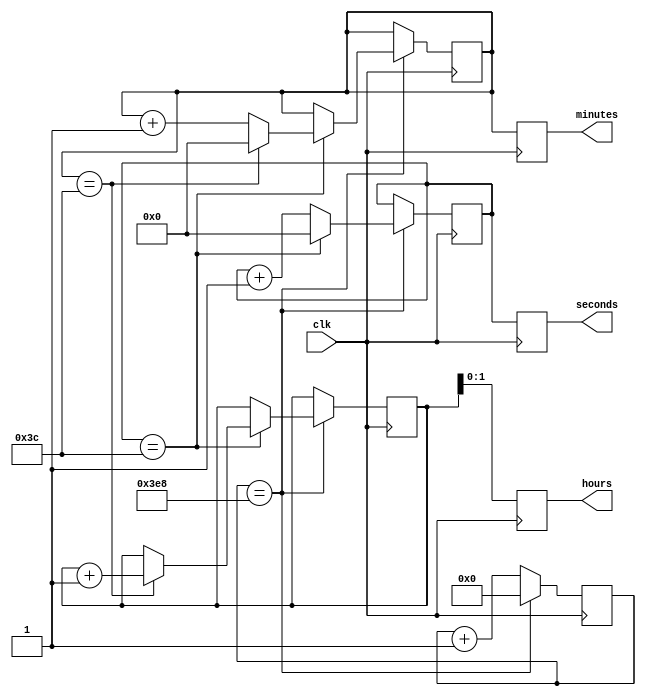
module binary_clock_divider (
    input wire clk,
    output reg [1:0] hours,
    output reg [5:0] minutes,
    output reg [5:0] seconds
);

reg [2:0] hours_counter;
reg [5:0] minutes_counter;
reg [5:0] seconds_counter;
reg [2:0] hours_sync;
reg [5:0] minutes_sync;
reg [5:0] seconds_sync;
reg [15:0] divider;

always @(posedge clk) begin
    // Clock divider logic
    if (divider == 1000) begin
        divider <= 0;
        
        // Update seconds counter
        seconds_counter <= seconds_counter + 1;
        
        if (seconds_counter == 60) begin
            seconds_counter <= 0;
            
            // Update minutes counter
            minutes_counter <= minutes_counter + 1;
            
            if (minutes_counter == 60) begin
                minutes_counter <= 0;
                
                // Update hours counter
                hours_counter <= hours_counter + 1;
                
                if (hours_counter == 24) begin
                    hours_counter <= 0;
                end
            end
        end
    end else begin
        divider <= divider + 1;
    end
    
    // Synchronization logic
    hours_sync <= hours_counter;
    minutes_sync <= minutes_counter;
    seconds_sync <= seconds_counter;
end

assign hours = hours_sync;
assign minutes = minutes_sync;
assign seconds = seconds_sync;

endmodule